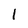
Character: 1